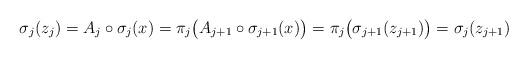
LaTeX: \begin{align*}\sigma_j(z_j) = A_j \circ \sigma_j(x) = \pi_j\big(A_{j+1} \circ \sigma_{j+1}(x) \big) = \pi_j \big( \sigma_{j+1}(z_{j+1}) \big) = \sigma_j(z_{j+1})\end{align*}